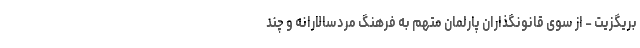
بریگزیت – از سوی قانونگذاران پارلمان متهم به فرهنگ مردسالارانه و چند